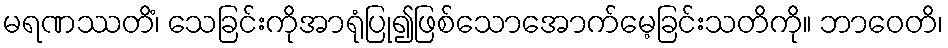
မရဏဿတိံ၊ သေခြင်းကိုအာရုံပြု၍ဖြစ်သောအောက်မေ့ခြင်းသတိကို။ ဘာဝေတိ၊